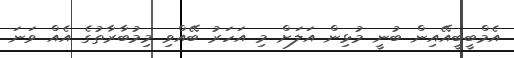
އެމްބީބީއޭއިން ބުނީ މުޅިން އަލަށް މި އަހަރު ބޭއްވި މިމުބާރާތުގެ އެއް ވަނަ